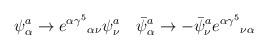
LaTeX: \begin{align*}\psi^{a}_{\alpha}\to{e^{\alpha\gamma^{5}}}_{\alpha\nu}\psi^{a}_{\nu}\quad\bar{\psi}^{a}_{\alpha}\to-\bar{\psi}^{a}_{\nu}{e^{\alpha\gamma^{5}}}_{\nu\alpha}\quad\end{align*}